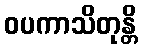
ဝပကာသိတုန္တိ